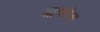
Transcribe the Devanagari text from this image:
आणतेच